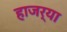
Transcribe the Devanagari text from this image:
हाजर्‍या